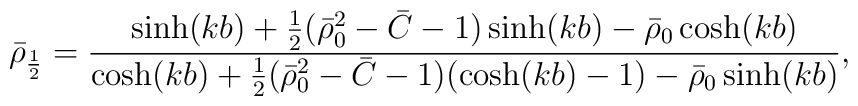
\bar\rho_{\frac12} = \frac{\sinh(kb)+\frac12(\bar\rho_0^2-\bar C-1)\sinh(kb)-\bar\rho_0\cosh(kb)}{\cosh(kb)+\frac12(\bar\rho_0^2-\bar C-1)(\cosh(kb)-1)-\bar\rho_0\sinh(kb)},